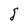
Character: j